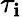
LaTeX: \tau_{\mathbf{i}}